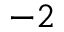
^ { - 2 }